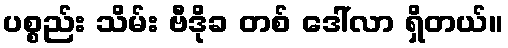
ပစ္စည်း သိမ်း ဗီဒိုခ တစ် ဒေါ်လာ ရှိတယ်။